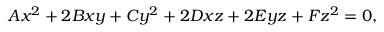
A x ^ { 2 } + 2 B x y + C y ^ { 2 } + 2 D x z + 2 E y z + F z ^ { 2 } = 0 ,